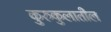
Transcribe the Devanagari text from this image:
कुरुकुलातील